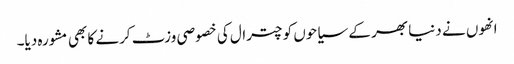
انھوں نے دنیا بھر کے سیاحوں کو چترال کی خصوصی وزٹ کرنے کا بھی مشورہ دیا۔